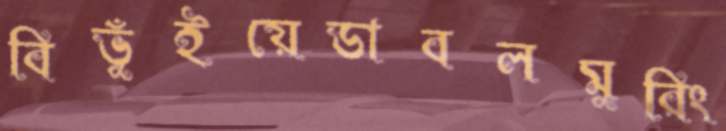
বিভুঁইয়েডাবলমুরিং